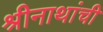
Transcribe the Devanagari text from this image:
श्रीनाथांची